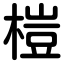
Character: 榿